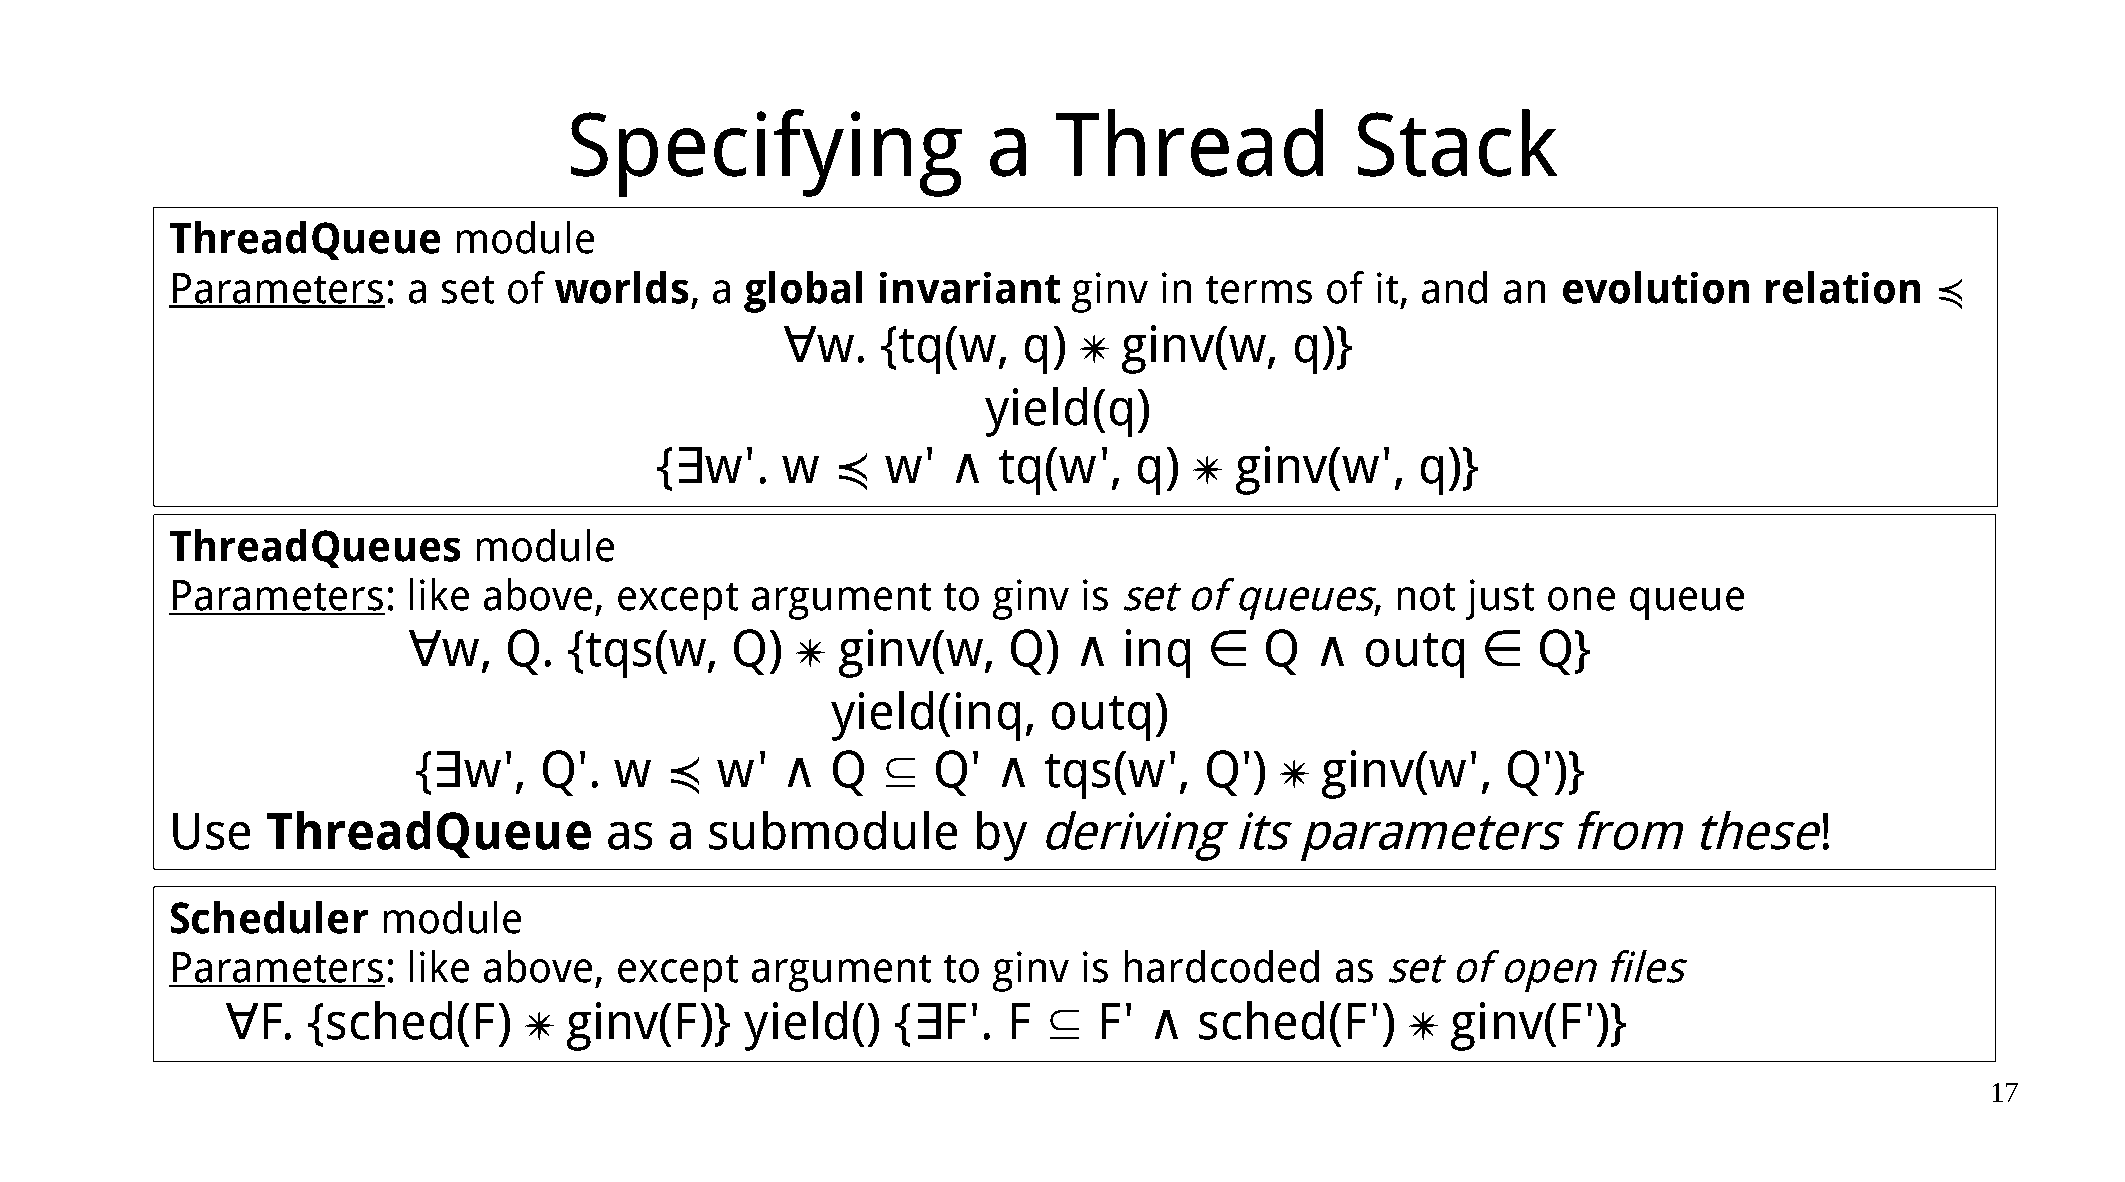
Specifying                  a    Thread              Stack
 ThreadQueue        module
 Parameters:     a set  of worlds,   a global   invariant    ginv  in terms   of it, and an  evolution     relation   ≼
 ∀w.   {tq(w,    q)   ginv(w,     q)}
 yield(q)
 {∃w'.    w  ≼   w'  ∧  tq(w',   q)    ginv(w',    q)}
 ThreadQueues        module
 Parameters:     like above,   except   argument     to ginv  is set of queues,   not  just one   queue
 ∀w,   Q.   {tqs(w,   Q)     ginv(w,    Q)  ∧  inq   ∈   Q  ∧  outq    ∈   Q}
 yield(inq,     outq)
 {∃w',    Q'.  w  ≼   w'  ∧  Q  ⊆   Q'  ∧  tqs(w',    Q')    ginv(w',    Q')}
 Use    ThreadQueue           as  a  submodule        by   deriving     its parameters        from    these!
 Scheduler     module
 Parameters:     like above,   except   argument     to ginv  is hardcoded    as  set of open   files
 ∀F.  {sched(F)        ginv(F)}   yield()   {∃F'.   F ⊆   F' ∧  sched(F')       ginv(F')}
 17